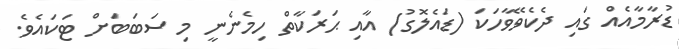
ޑުރާމާއެއް ގައި ދެކެވޭވާހަކަ (ޑައެލޮގު) އާއި ޙަރަކާތް ހިމެނެނީ މި ސަބަބަށް ޓަކައެވެ.